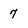
Character: 7